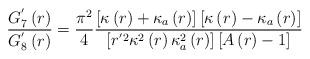
LaTeX: \begin{align*}\frac{G_{7}^{'}\left(r\right)}{G_{8}^{'}\left(r\right)}=\frac{\pi^{2}}{4}\frac{\left[\kappa\left(r\right)+\kappa_{a}\left(r\right)\right]\left[\kappa\left(r\right)-\kappa_{a}\left(r\right)\right]}{\left[r^{'2}\kappa^{2}\left(r\right)\kappa_{a}^{2}\left(r\right)\right]\left[A\left(r\right)-1\right]}\end{align*}